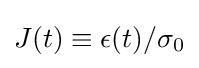
J(t)\equiv \epsilon (t)/\sigma _{0}